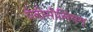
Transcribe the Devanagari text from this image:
पेनीसीलियम